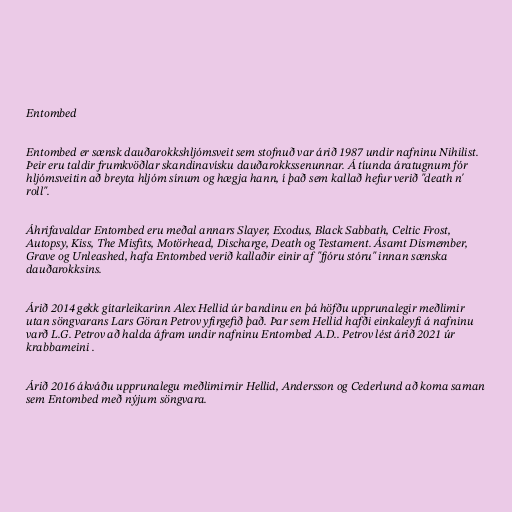
Entombed

Entombed er sænsk dauðarokkshljómsveit sem stofnuð var árið 1987 undir nafninu Nihilist.
Þeir eru taldir frumkvöðlar skandinavísku dauðarokkssenunnar. Á tíunda áratugnum fór
hljómsveitin að breyta hljóm sínum og hægja hann, í það sem kallað hefur verið "death n'
roll".

Áhrifavaldar Entombed eru meðal annars Slayer, Exodus, Black Sabbath, Celtic Frost,
Autopsy, Kiss, The Misfits, Motörhead, Discharge, Death og Testament. Ásamt Dismember,
Grave og Unleashed, hafa Entombed verið kallaðir einir af "fjóru stóru" innan sænska
dauðarokksins.

Árið 2014 gekk gítarleikarinn Alex Hellid úr bandinu en þá höfðu upprunalegir meðlimir
utan söngvarans Lars Göran Petrov yfirgefið það. Þar sem Hellid hafði einkaleyfi á nafninu
varð L.G. Petrov að halda áfram undir nafninu Entombed A.D.. Petrov lést árið 2021 úr
krabbameini .

Árið 2016 ákváðu upprunalegu meðlimirnir Hellid, Andersson og Cederlund að koma saman
sem Entombed með nýjum söngvara.